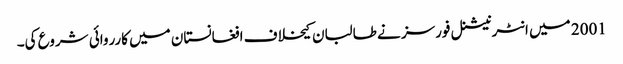
2001 میں انٹرنیشنل فورسز نے طالبان کیخلاف افغانستان میں کارروائی شروع کی۔